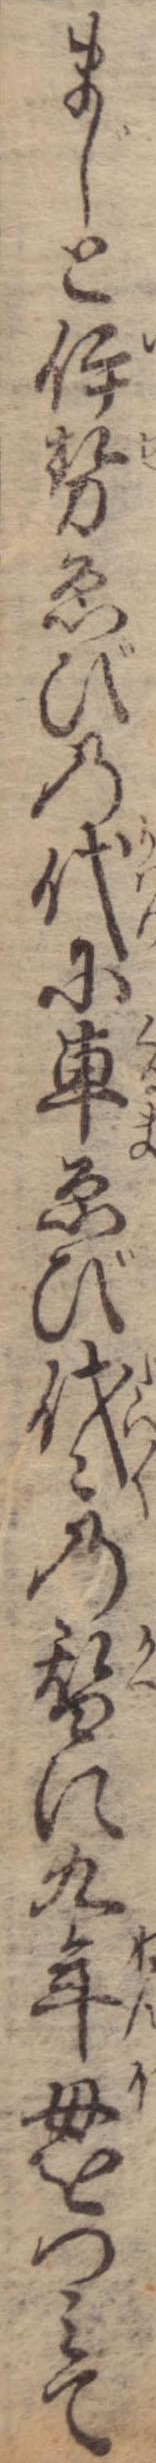
まじと伊勢ゑびの代に車ゑび代々の替に九年母をつみて